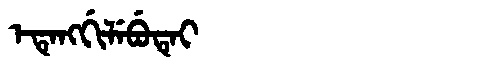
Manchu: ᡝᡨᡝᠩᡤᡳᠯᡝᠪᡠᡨᡝᡳ
Romanization: ETENGGILEBUTEI